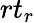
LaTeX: {rt}_{r}